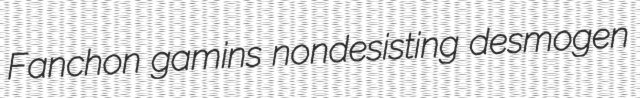
Fanchon gamins nondesisting desmogen